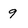
Character: 9